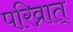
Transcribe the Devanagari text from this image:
परिव्रात्